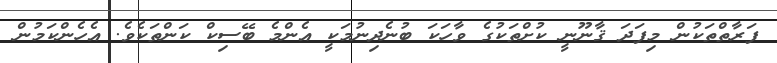
ފަރާތްތަކުން މިފަދަ ޤާނޫނީ ކުށްތަކުގެ ވާހަކަ ބުނެދިނުމަކީ އެންމެ ބޭސިކް ކަންތަކެވެ. އެހެންކަމުން